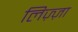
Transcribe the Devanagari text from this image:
लिज़्ज़ा